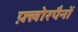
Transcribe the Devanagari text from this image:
फ़्लोरपैनों